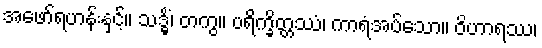
အဖော်ရဟန်းနှင့်။ သဒ္ဓိံ၊ တကွ။ ပရိက္ခိတ္တဿံ၊ ကာရံအပ်သော။ ဝိဟာရဿ၊